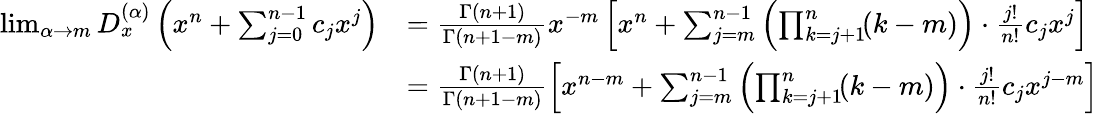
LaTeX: \begin{array}{rl}{\operatorname*{lim}_{\alpha\to m}D_{x}^{(\alpha)}\left(x^{n}+\sum_{j=0}^{n-1}c_{j}x^{j}\right)}&{=\frac{\Gamma(n+1)}{\Gamma(n+1-m)}x^{-m}\left[x^{n}+\sum_{j=m}^{n-1}\left(\prod_{k=j+1}^{n}\! (k-m)\right)\cdot\frac{j!}{n!}c_{j}x^{j}\right]}\\ &{=\frac{\Gamma(n+1)}{\Gamma(n+1-m)}\left[x^{n-m}+\sum_{j=m}^{n-1}\left(\prod_{k=j+1}^{n}\! (k-m)\right)\cdot\frac{j!}{n!}c_{j}x^{j-m}\right]}\end{array}